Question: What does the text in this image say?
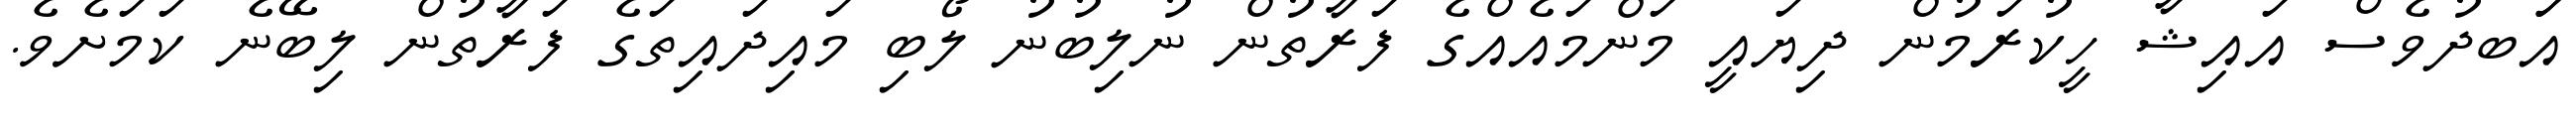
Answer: އަަބދުވެސް އައިޝާ ހީކުރަމުން ދިޔައީ މަންމައެއްގެ ފަރާތުން ނުލިބުނު ލޯބި މައިދައިތަގެ ފަރާތުން ލިބޭނެ ކަމަށެވެ.